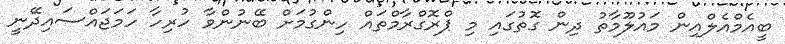
ބީއެމްއެލްއިން މައުލޫމާތު ދިން ގޮތުގައި މި ޕްރޮގްރާމްތައް ހިންގުމަށް ބޭނުންވާ ހުރިހާ ހަމަޖައްސައިދޭނީ